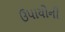
ઉપાયોની